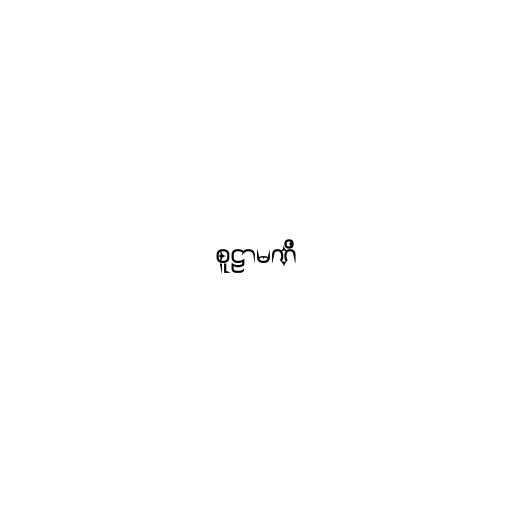
စူဠာမဏိ